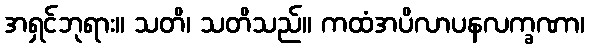
အရှင်ဘုရား။ သတိ၊ သတိသည်။ ကထံအပိလာပနလက္ခဏာ၊